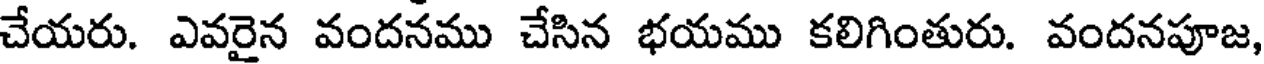
చేయరు. ఎవరైన వందనము చేసిన భయము కలిగింతురు. వందనపూజ,